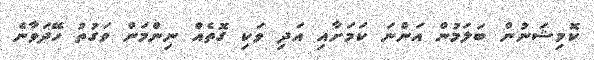
ކޮމިޝަނުން ބަލަމުން އަންނަ ކަމަށާއި އަދި ވަކި ގޮތެއް ނިންމަން ވަގުތު ހޭދަވާނެ